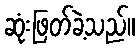
ဆုံးဖြတ်ခဲ့သည်။